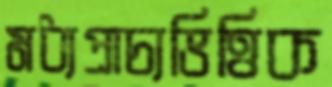
মধ্যপ্রাচ্যভিত্তিক